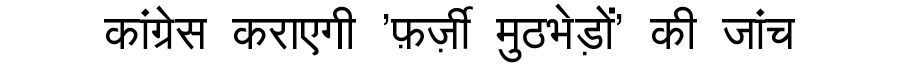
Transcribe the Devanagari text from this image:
कांग्रेस कराएगी 'फ़र्ज़ी मुठभेड़ों' की जांच